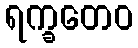
ရက္ခတေဝ